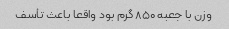
وزن با جعبه ۸۵۰ گرم بود واقعا باعث تأسف